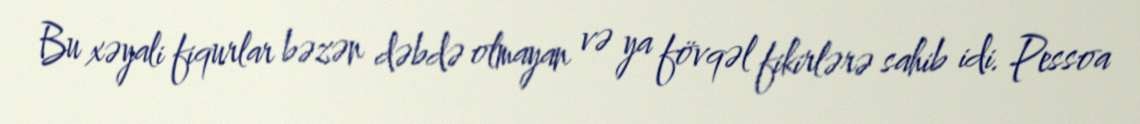
Bu xəyali fiqurlar bəzən dəbdə olmayan və ya fövqəl fikirlərə sahib idi. Pessoa